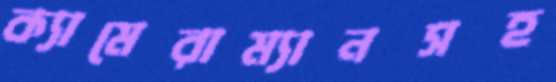
ক্যামেরাম্যানসহ